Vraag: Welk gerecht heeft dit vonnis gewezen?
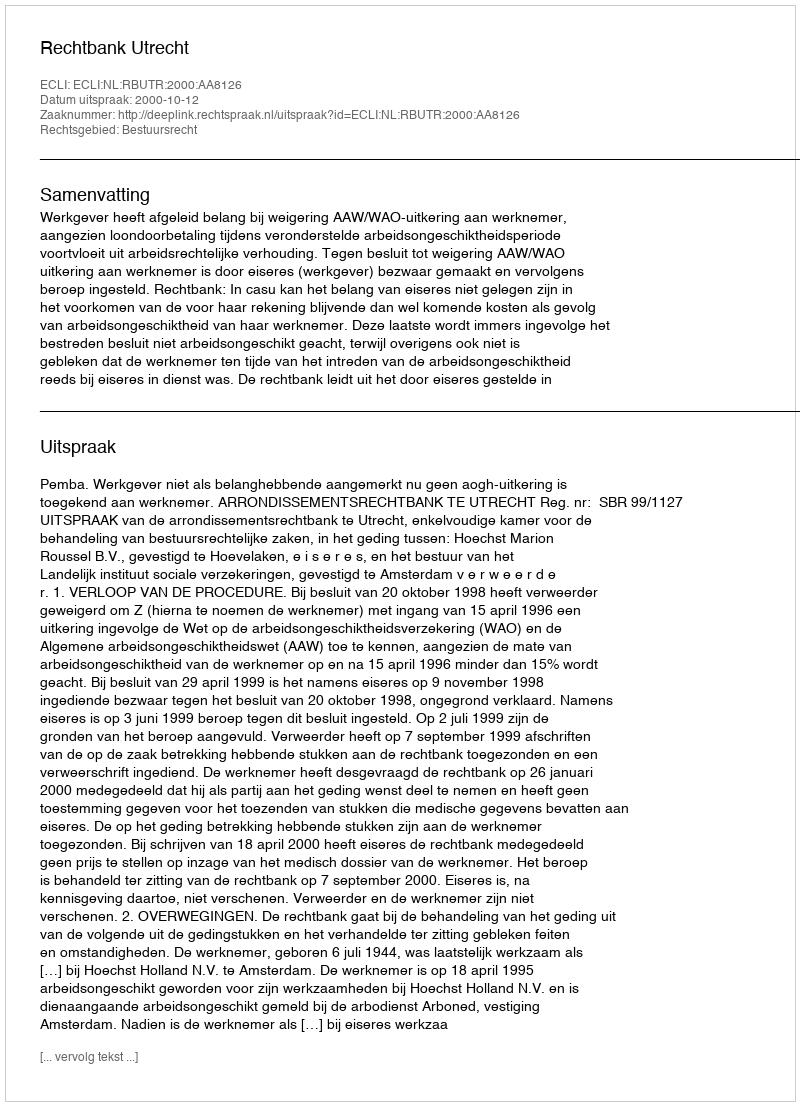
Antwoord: Rechtbank Utrecht